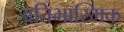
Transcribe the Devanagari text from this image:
अतिभास्मिक